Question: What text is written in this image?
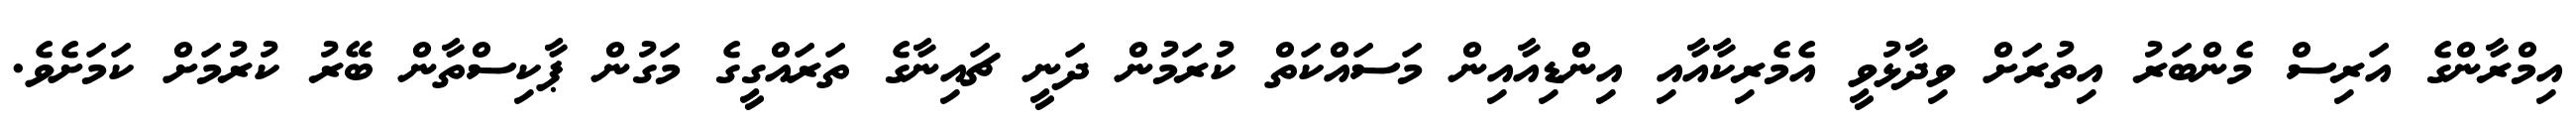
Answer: އިމްރާންގެ އަރިސް މެންބަރު އިތުރަށް ވިދާޅުވީ އެމެރިކާއާއި އިންޑިއާއިން މަސައްކަތް ކުރަމުން ދަނީ ޗައިނާގެ ތަރައްގީގެ މަގުން ޕާކިސްތާން ބޭރު ކުރުމަށް ކަމަށެވެ.